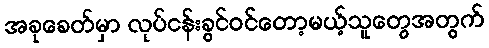
အခုခေတ်မှာ လုပ်ငန်းခွင်ဝင်တော့မယ့်သူတွေအတွက်